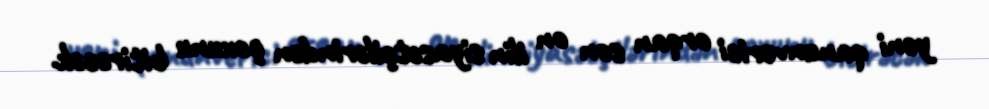
yeni qanunverici orqan son on ilin siyasətçilərindən çoxunu bitirəcək.